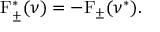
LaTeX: \mathrm { F } _ { \pm } ^ { * } ( \nu ) = - \mathrm { F } _ { \pm } ( \nu ^ { * } ) .